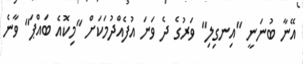
އޭނާ ބުނަނީ "އިނގިލި" ވަރުގެ ދެ ވަނަ އުފެއްދުމަކަށް "މިކޮއެ ބައްޕަ" ވާނެ